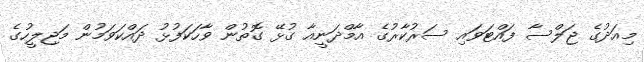
މިއަދުގެ ޖަލްސާ ފައްޓަވައި ސަރުކާރުގެ އާމްދަނީއާ ގުޅޭ ގޮތުން ވާހަކަފުޅު ދައްކަވަމުން މަޖިލީހުގެ